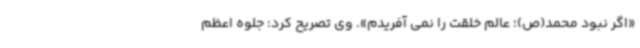
«اگر نبود محمد(ص)؛ عالم خلقت را نمی آفریدم». وی تصریح کرد: جلوه اعظم